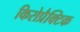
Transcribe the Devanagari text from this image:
किरोप्रैक्टिक